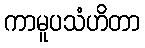
ကာမူပသံဟိတာ